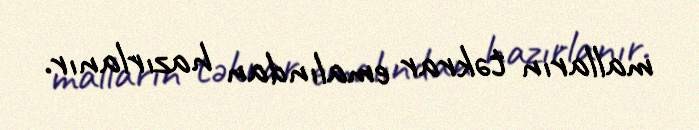
malların təkrar emalından hazırlanır.